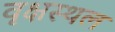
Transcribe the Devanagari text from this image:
वृक्षस्थल